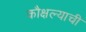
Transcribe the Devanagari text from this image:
कौक्षल्याची